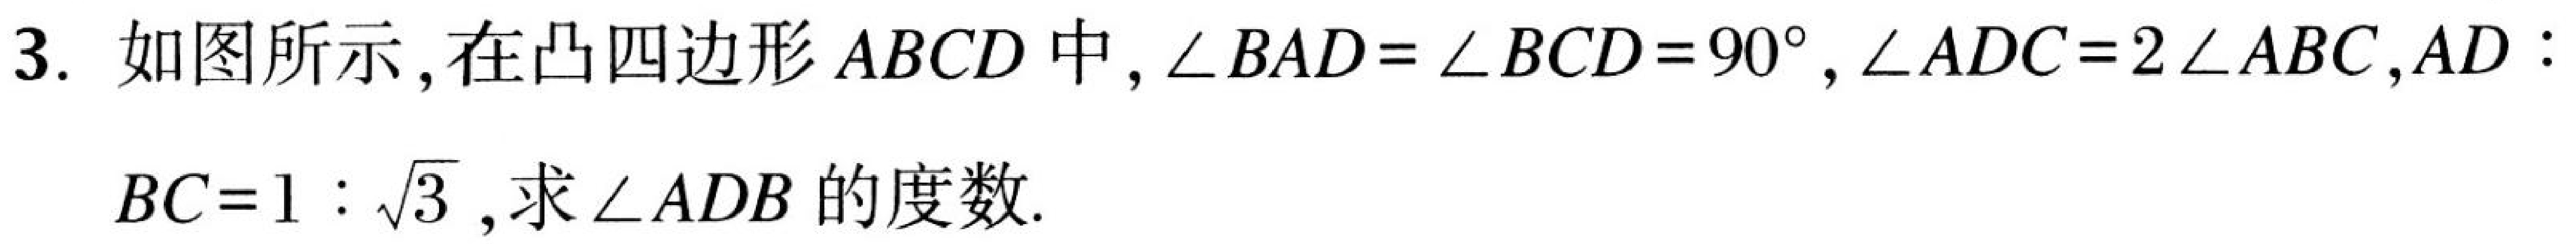
3. 如图所示, 在凸四边形 \(ABCD\) 中, \(\angle BAD = \angle BCD=90^{\circ}\), \(\angle ADC = 2\angle ABC\), \(AD:BC = 1:\sqrt{3}\), 求 \(\angle ADB\) 的度数.